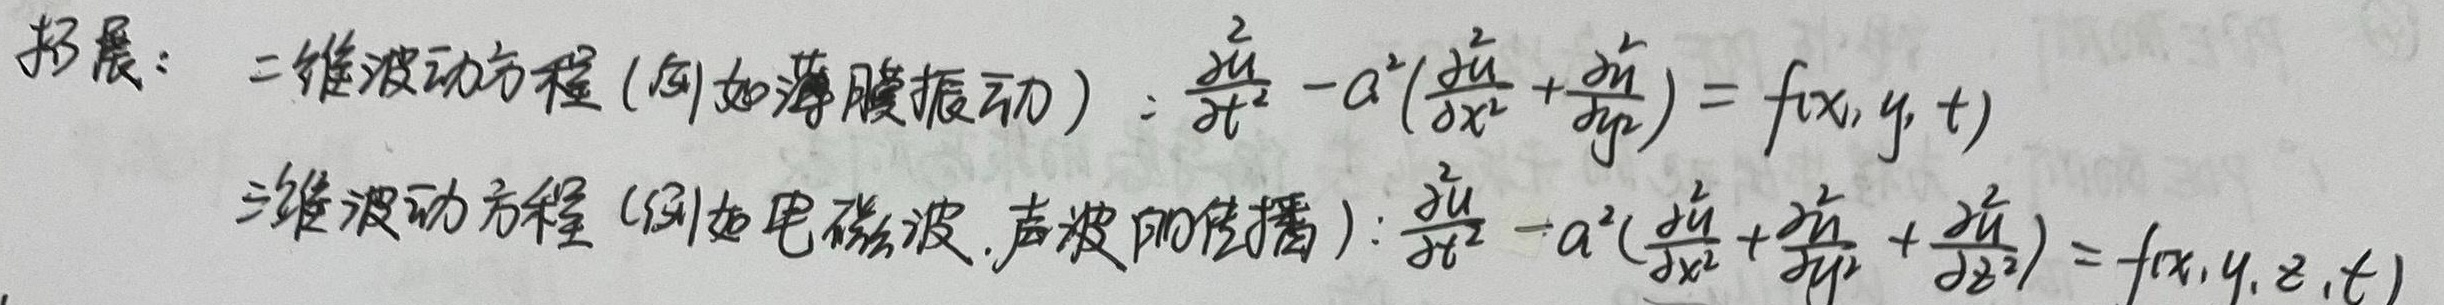
拓展：二维波动方程（例如薄膜振动）：
\(\frac{\partial^{2}u}{\partial t^{2}}-a^{2}(\frac{\partial^{2}u}{\partial x^{2}}+\frac{\partial^{2}u}{\partial y^{2}})=f(x,y,t)\)
三维波动方程（例如电磁波、声波的传播）：
\(\frac{\partial^{2}u}{\partial t^{2}}-a^{2}(\frac{\partial^{2}u}{\partial x^{2}}+\frac{\partial^{2}u}{\partial y^{2}}+\frac{\partial^{2}u}{\partial z^{2}})=f(x,y,z,t)\)